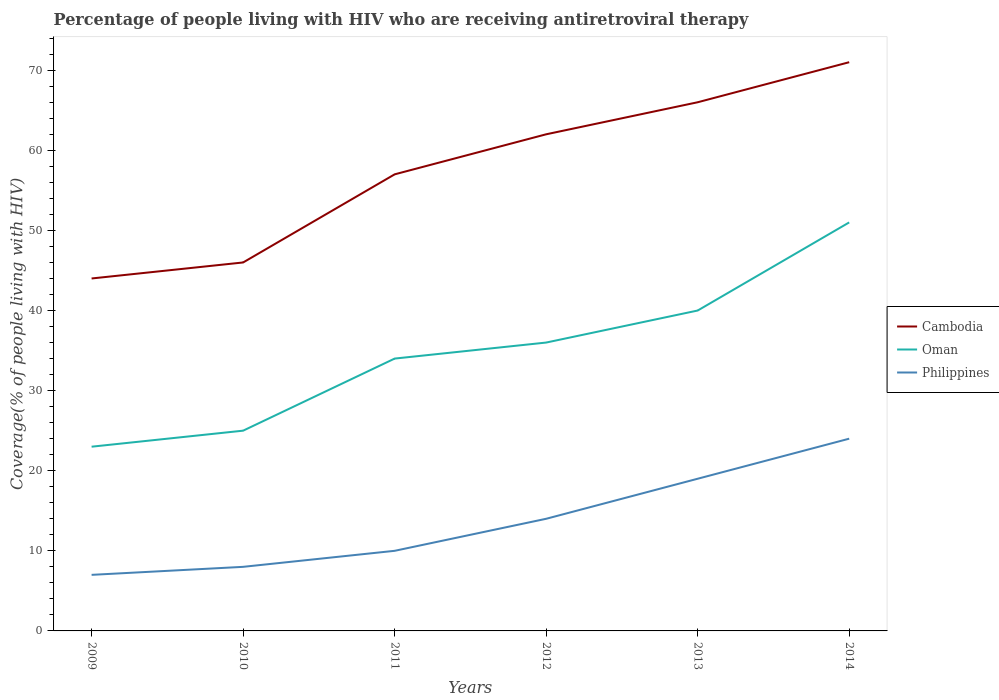
| Years | Cambodia | Oman | Philippines |
 | --- | --- | --- | --- |
 | 2009 | 44 | 23 | 7 |
 | 2010 | 46 | 25 | 8 |
 | 2011 | 57 | 34 | 10 |
 | 2012 | 62 | 36 | 14 |
 | 2013 | 66 | 40 | 19 |
 | 2014 | 71 | 51 | 24 |